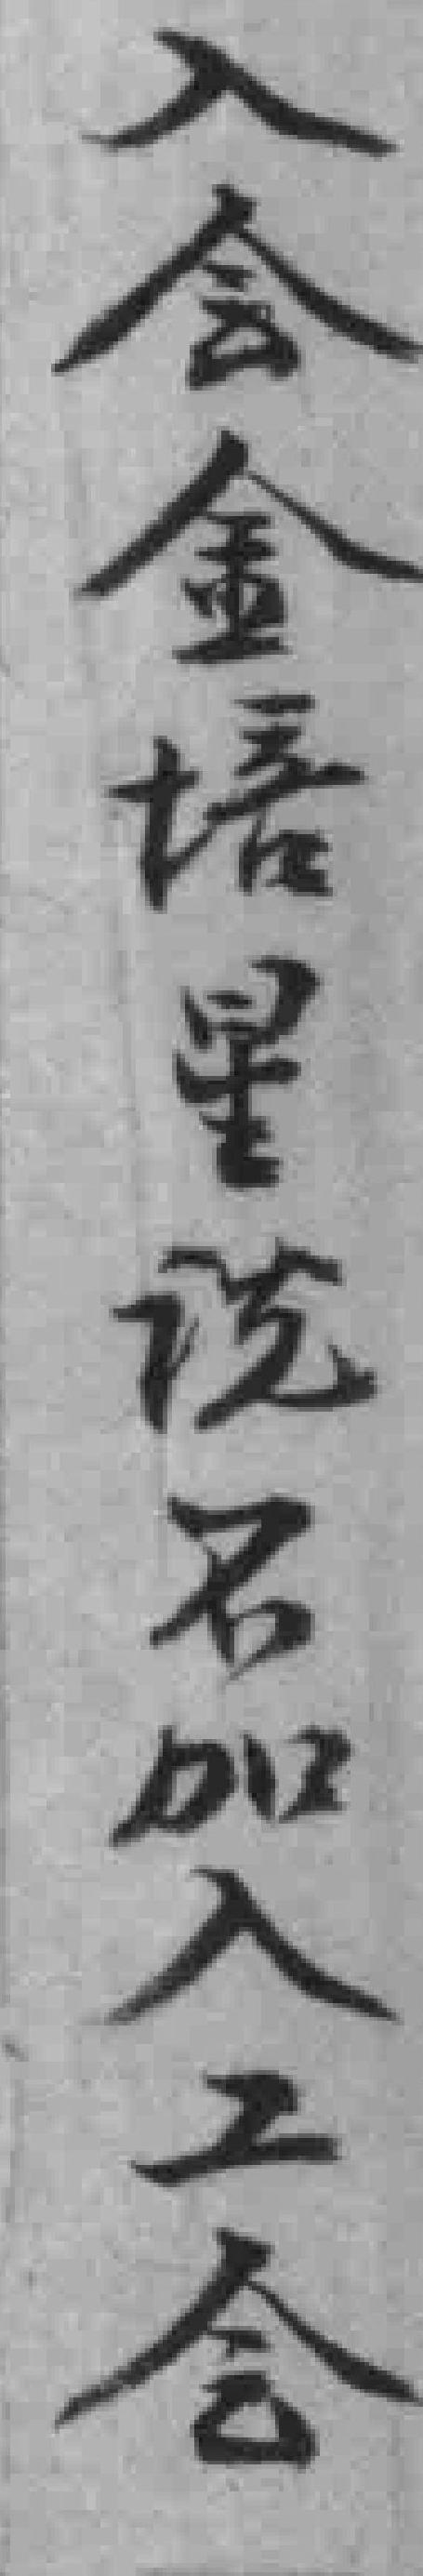
入会金培星说名加入工会